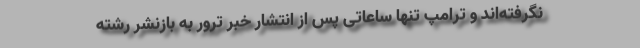
نگرفته‌اند و ترامپ تنها ساعاتی پس از انتشار خبر ترور به بازنشر رشته